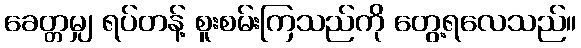
ခေတ္တမျှ ရပ်တန့် စူးစမ်းကြသည်ကို တွေ့ရလေသည်။